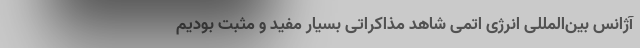
آژانس بین‌المللی انرژی اتمی شاهد مذاکراتی بسیار مفید و مثبت بودیم